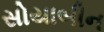
સોયાબીન